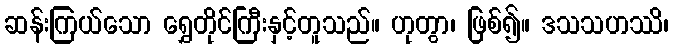
ဆန်းကြယ်သော ရွှေတိုင်ကြီးနှင့်တူသည်။ ဟုတွာ၊ ဖြစ်၍။ ဒသသဟဿိ၊